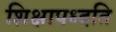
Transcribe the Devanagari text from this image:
शिक्षापध्दति